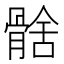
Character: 𩩗